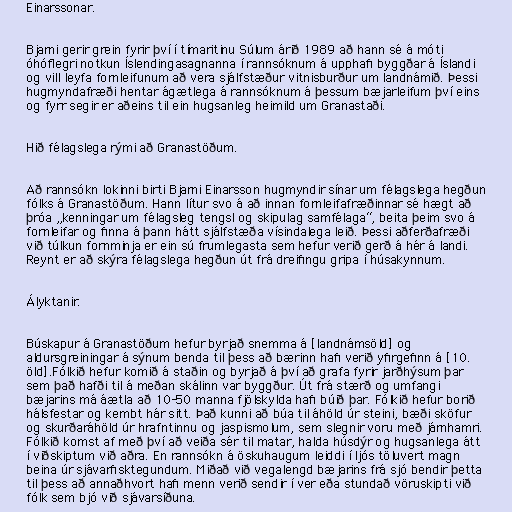
Einarssonar.

Bjarni gerir grein fyrir því í tímaritinu Súlum árið 1989 að hann sé á móti
óhóflegri notkun Íslendingasagnanna í rannsóknum á upphafi byggðar á Íslandi
og vill leyfa fornleifunum að vera sjálfstæður vitnisburður um landnámið. Þessi
hugmyndafræði hentar ágætlega á rannsóknum á þessum bæjarleifum því eins
og fyrr segir er aðeins til ein hugsanleg heimild um Granastaði.

Hið félagslega rými að Granastöðum.

Að rannsókn lokinni birti Bjarni Einarsson hugmyndir sínar um félagslega hegðun
fólks á Granastöðum. Hann lítur svo á að innan fornleifafræðinnar sé hægt að
þróa „kenningar um félagsleg tengsl og skipulag samfélaga“, beita þeim svo á
fornleifar og finna á þann hátt sjálfstæða vísindalega leið. Þessi aðferðafræði
við túlkun fornminja er ein sú frumlegasta sem hefur verið gerð á hér á landi.
Reynt er að skýra félagslega hegðun út frá dreifingu gripa í húsakynnum.

Ályktanir.

Búskapur á Granastöðum hefur byrjað snemma á [landnámsöld] og
aldursgreiningar á sýnum benda til þess að bærinn hafi verið yfirgefinn á [10.
öld].Fólkið hefur komið á staðin og byrjað á því að grafa fyrir jarðhýsum þar
sem það hafði til á meðan skálinn var byggður. Út frá stærð og umfangi
bæjarins má áætla að 10-50 manna fjölskylda hafi búið þar. Fólkið hefur borið
hálsfestar og kembt hár sitt. Það kunni að búa til áhöld úr steini, bæði sköfur
og skurðaráhöld úr hrafntinnu og jaspismolum, sem slegnir voru með járnhamri.
Fólkið komst af með því að veiða sér til matar, halda húsdýr og hugsanlega átt
í viðskiptum við aðra. En rannsókn á öskuhaugum leiddi í ljós töluvert magn
beina úr sjávarfisktegundum. Miðað við vegalengd bæjarins frá sjó bendir þetta
til þess að annaðhvort hafi menn verið sendir í ver eða stundað vöruskipti við
fólk sem bjó við sjávarsíðuna.